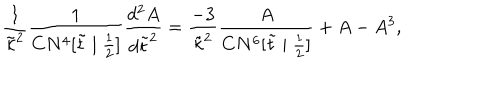
\frac { 1 } { \tilde { \kappa } ^ { 2 } } \frac { 1 } { C N ^ { 4 } [ \tilde { t } \mid \frac { 1 } { 2 } ] } \frac { d ^ { 2 } A } { d \tilde { t } ^ { 2 } } = \frac { - 3 } { \tilde { \kappa } ^ { 2 } } \frac { A } { C N ^ { 6 } [ \tilde { t } \mid \frac { 1 } { 2 } ] } + A - A ^ { 3 } ,